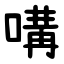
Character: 㗕